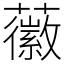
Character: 𧃸